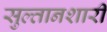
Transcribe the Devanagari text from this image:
सुल्तानशारी